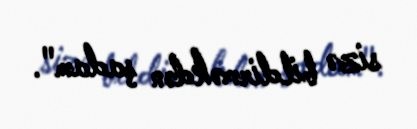
sizə bildirməkdən şadam".